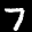
Label: 7